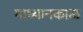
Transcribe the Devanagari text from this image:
माध्यानकाळ